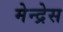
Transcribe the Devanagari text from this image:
मेन्द्रेस